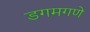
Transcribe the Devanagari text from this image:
डगमगणे